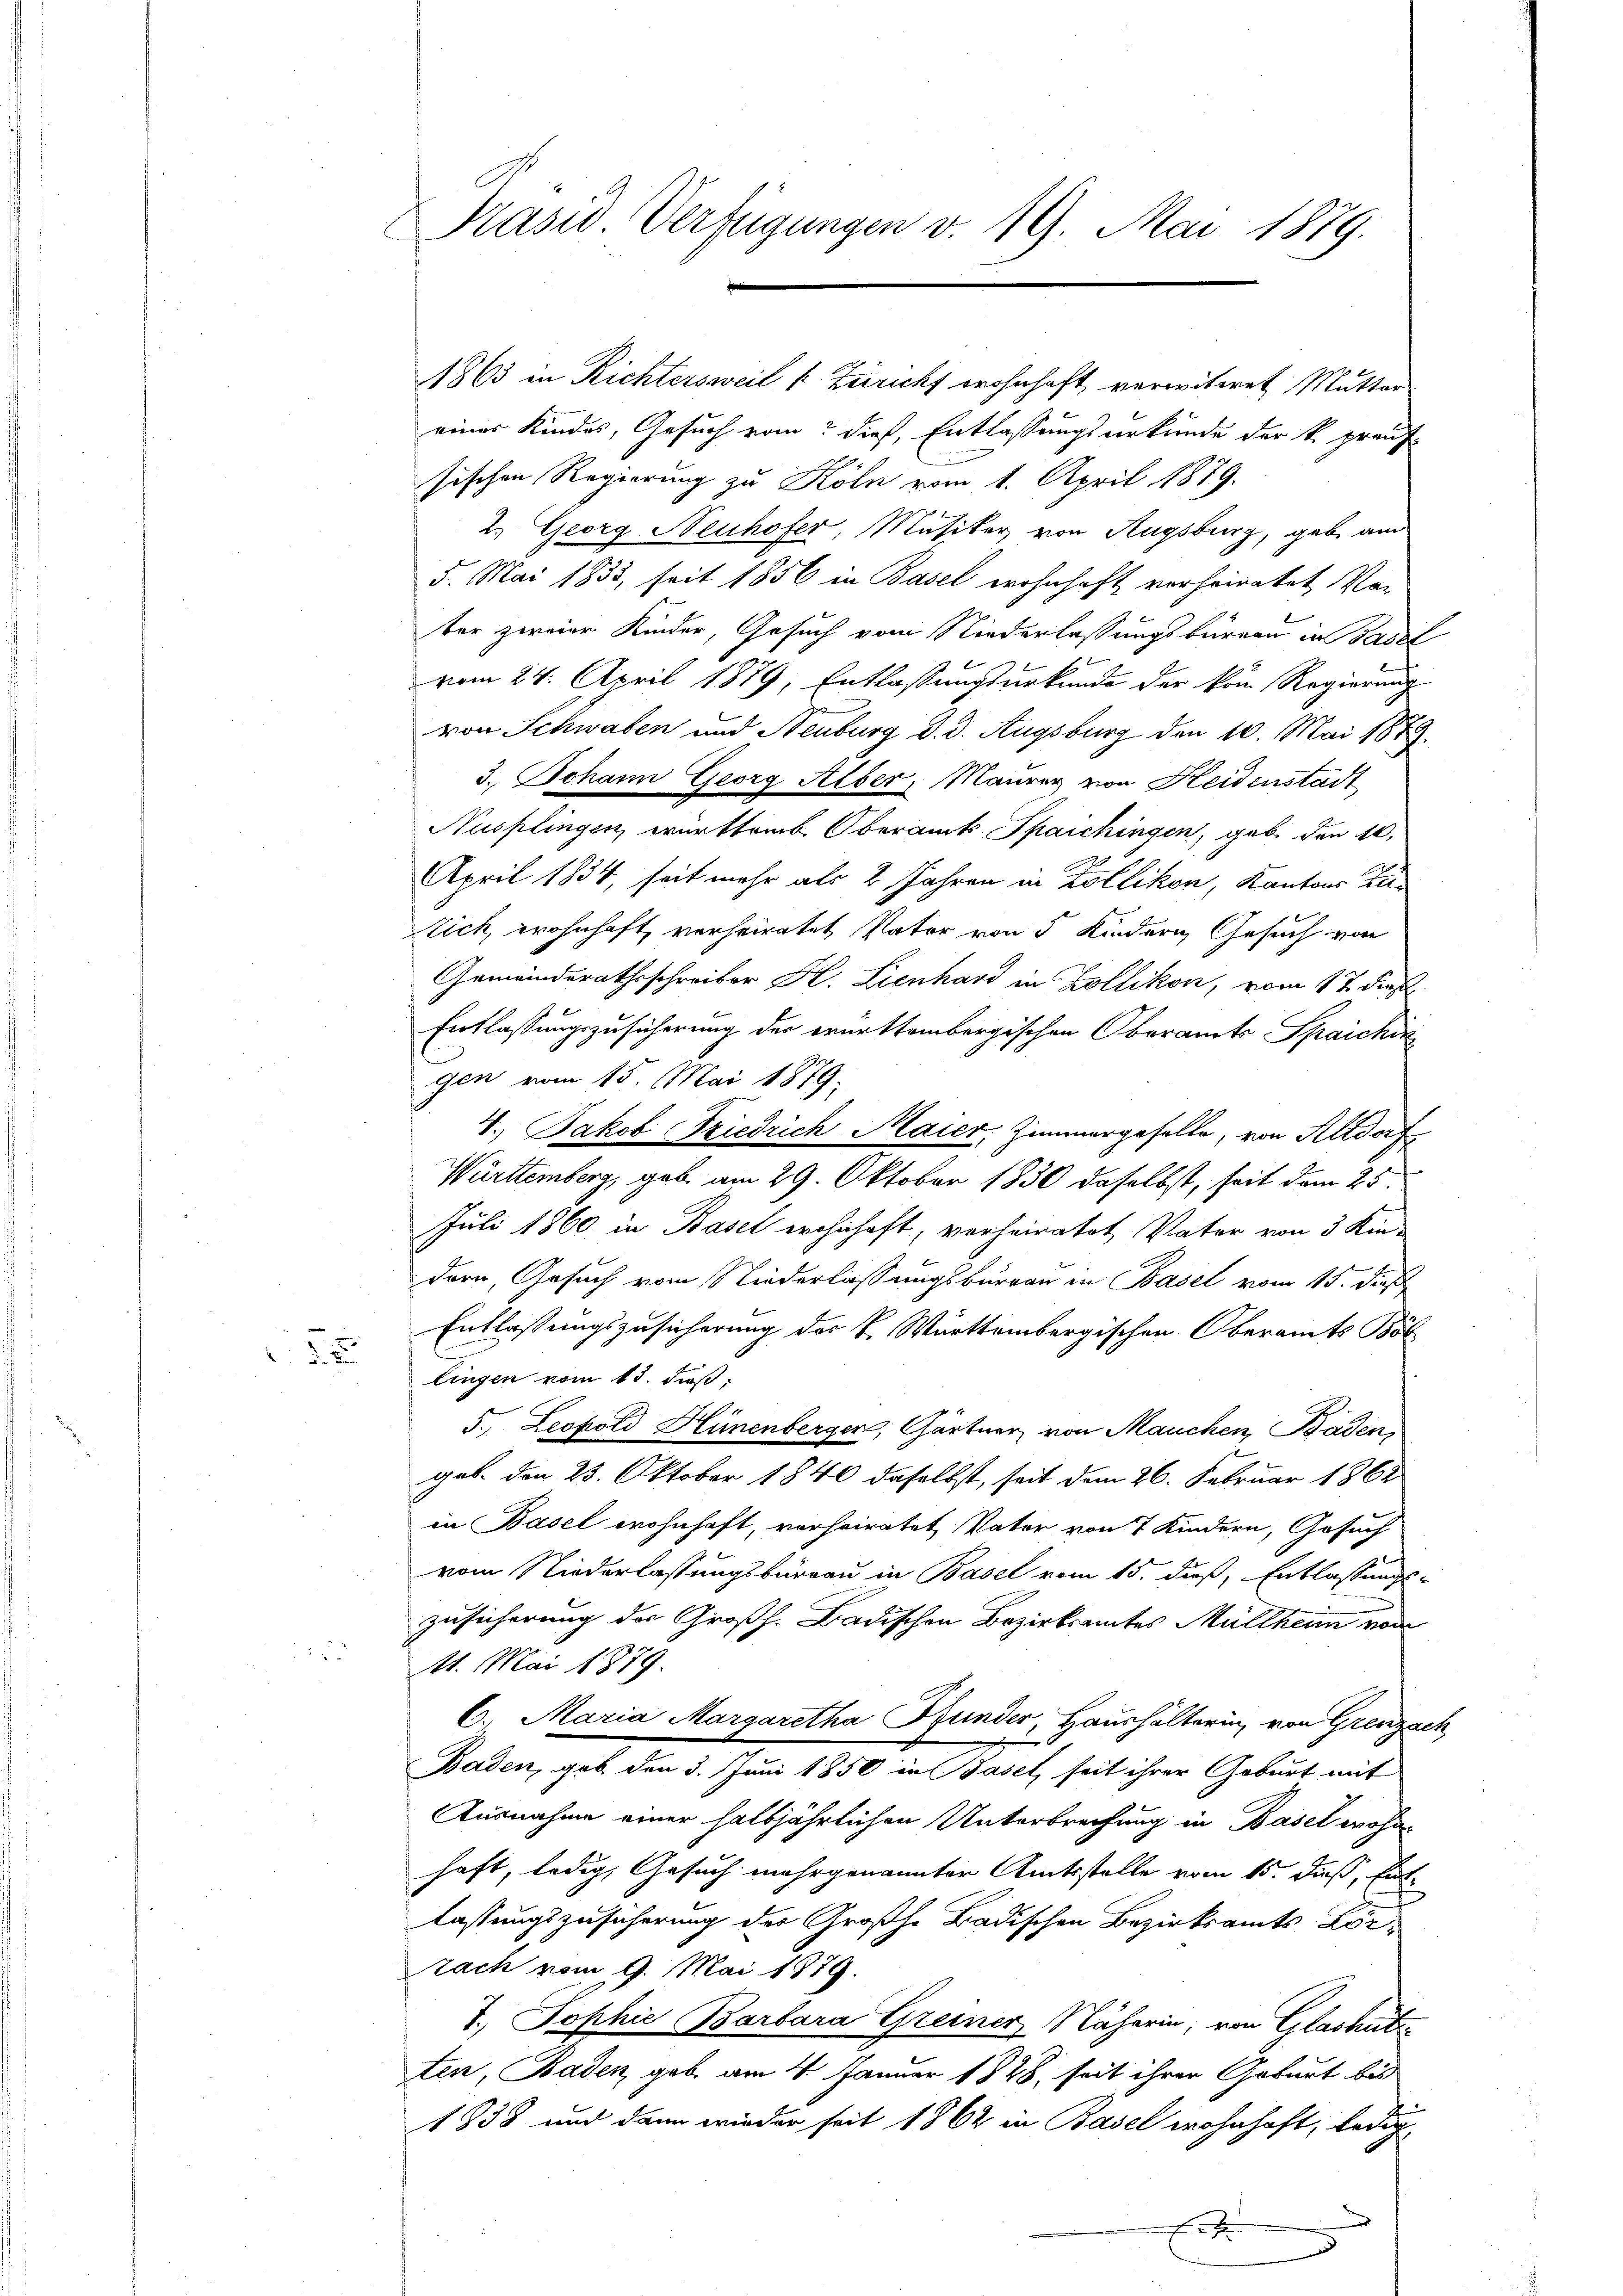
3. 2

Präsid Verfügungen v. 19. Mai 1879.

eines Kindes, Gesuch vom dieß, Entlassungsurkunde der k. prauf
sischen Regierung zu Köln vom 1. April 1879.
2. Georg Neuhofer, Musiker von Augsburg, geb. and
5. Mai 1833, seit 1856 in Basel wohnhaft verheiratet Vor
ter zweier Kinder, Gesuch vom Niederlassungsbarern in Basel
vom 24. April 1879, Entlassungsurkunde der kom Regierung
von Schwaben und Neuburg d. d. Augsburg den 10. Mai 1879.
3. Johann Georg Alber, Maurer von Heidenstadt
Nusplingen, württemb. Oberamts Spaichingen, geb. den 10.
April 1834, seit mehr als 2 Jahren in Zollikon, Kantons Zür
tich, wohnhaft, verheiratet, Vater von 5 Kindern Gesuch von
Gemeinderathsschreiber H. Lienhard in Zollikon, vom 17. dies
Entlassungszusicherung der erürttembergischen Oberamts Spaichin
gen vom 15. Mai 1879.
4. Jakob Friedrich Maier, Zimmergeselle, von Altdorf
Württemberg, gab am 29. Oktober 1830 daselbst, seit dem 25.
Juli 1860 in Basel wohnhaft, verheiratet Vater von 3 Kindern, Gesuch vom Niederlassungsbureau in Basel vom 15. dieß
Entlassungszusicherung des K. Württembergischen Oberamts Böl
lingen vom 13. daß:
5. Leopold Hünenberger, Gärtner von Mauchen, Baden,
geb. den 23. Oktober 1840 daselbst, seit dem 26. Februar 1862
in Basel wohnhaft, vorheiratet, Vater von 7 Kindern, Gesuch
vom Niederlassungsbüreau in Basel vom 15. duß, Entlassungs-
zusicherung der Großh. Badischen Bezirksamtes Müllheim von
11. Mai 1879.
6. Maria Margaretha Bunder, Haushälterin, von Grenzsch
Baden, geb. den 3. Juni 1850 in Basel, seit ihrer Geburt mit
Ausnahme einer halbjährlichen Unterbrechung in Basel wohnhaft, ledig, Gesuch mehrgenannter Amtsstelle vom 15. dieß, Entlassungszusicherung der Großhe Badischen Bezirksamts Lorzach vom 9. Mai 1879.
1. Sophie Barbara Greiner Näherin, von Glashüte
ten, Baden, geb. am 4. Januar 1828, seit ihrer Geburt bis
1838 und dann wieder seit 1862 in Basel wohnhaft, ledig
Et

1863 in Richtersweil [Züricht wohnhaft verwitwet Mutter